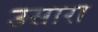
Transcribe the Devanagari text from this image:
उसारा